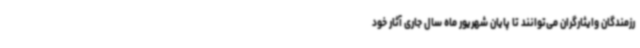
رزمندگان وایثارگران می‌توانند تا پایان شهریور ماه سال جاری آثار خود